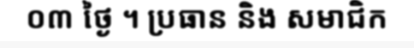
០៣ ថ្ងៃ ។ ប្រធាន និង សមាជិក